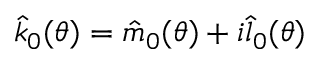
\hat { k } _ { 0 } ( \theta ) = \hat { m } _ { 0 } ( \theta ) + i \hat { l } _ { 0 } ( \theta )